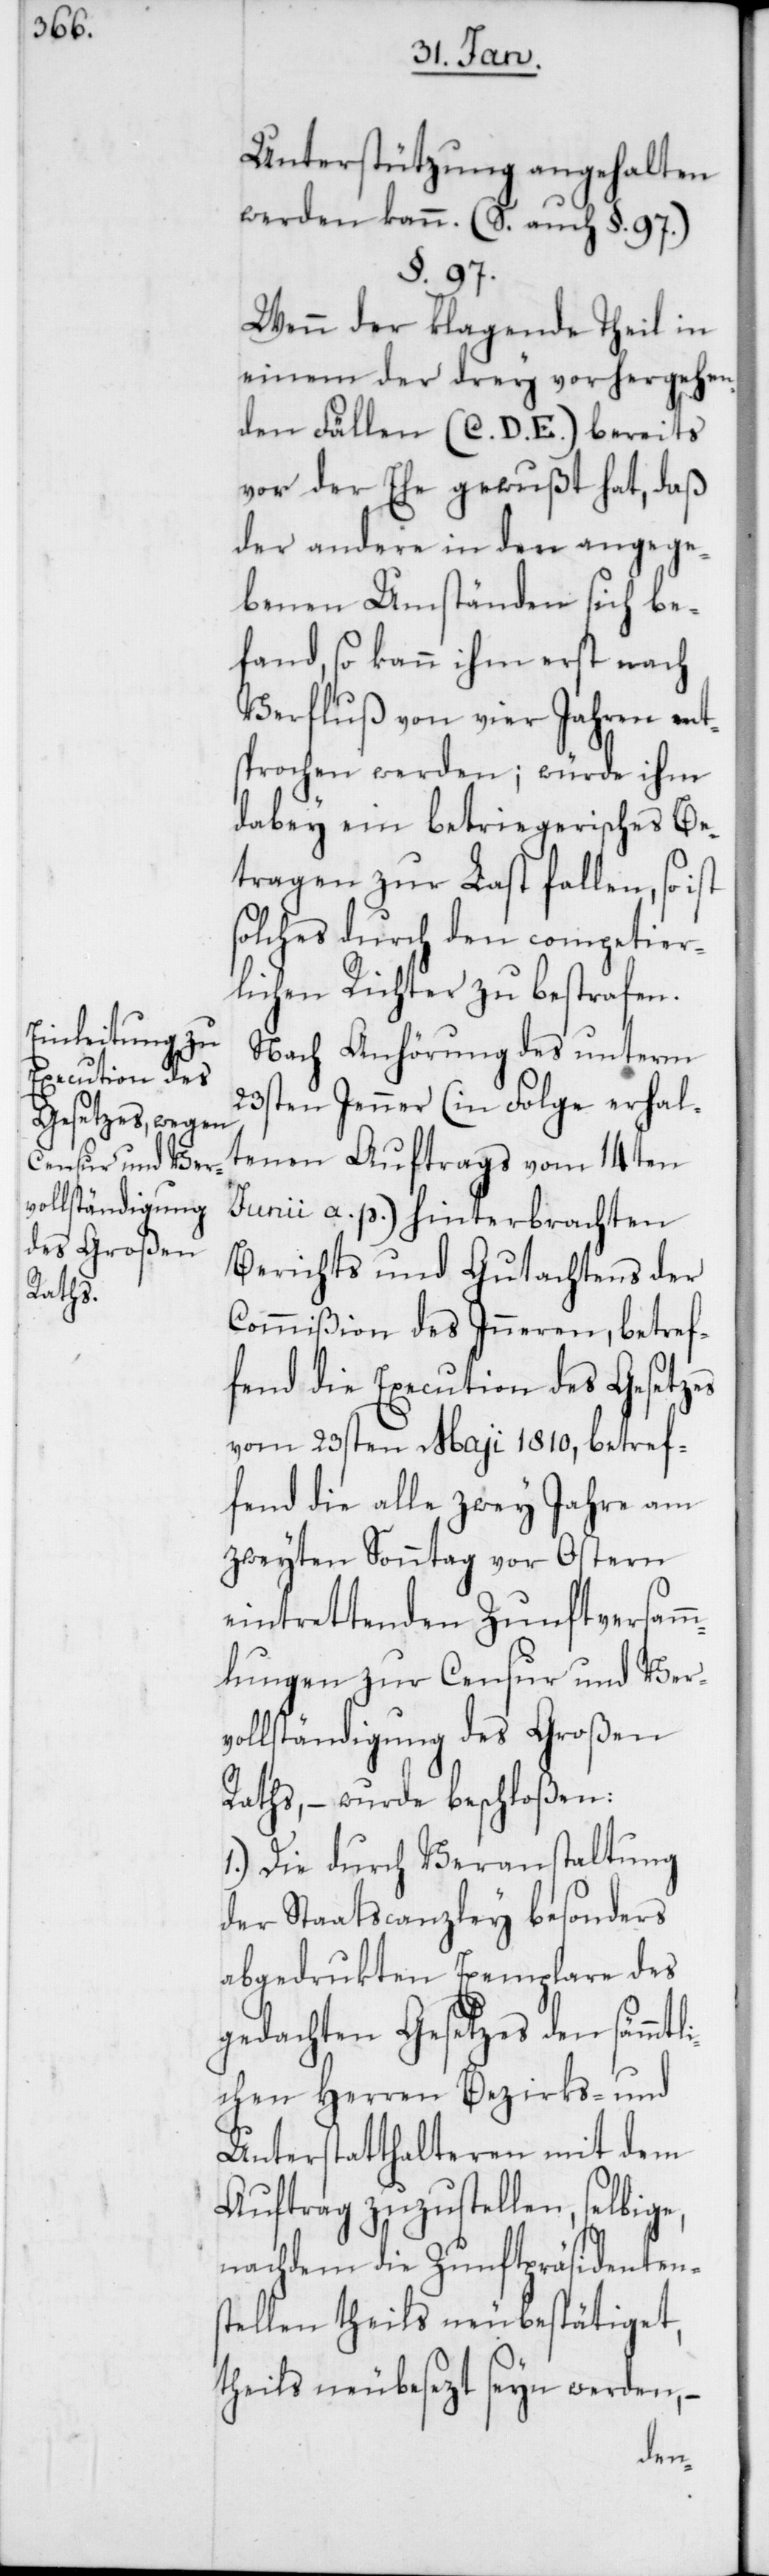
Unsterstützung angehalten
werden kann. (S. auch §. 97.)
§. 97.
Wenn der klagende Theil in
einem der drey vorhergehen¬
den Fällen (C. D. E.) bereits
vor der Ehe gewußt hat, daß
der andere in den angege¬
ben Umständen sich be¬
fand, so kann ihm erst nach
Verfluß von vier Jahren ent¬
sprochen werden; würde ihm
dabey ein betriegerisches Be¬
tragen zur Last fallen, so
solches durch den competier¬
lichen Richter zu bestrafen.
Nach Anhörung des unterm
23sten Jenner (in Folge erhal¬
tenen Auftrags vom 14ten
Junii a. p.) hinterbrachten
Berichts und Gutachtens der
Commißion des Inneren, betref¬
fend die Execution des Gesetzes
vom 23sten Maji 1810, betref¬
fend die alle zwey Jahre am
zweyten Sonntag vor Ostern
eintrettenden Zunftversamm¬
lungen zur Censur und Ver¬
vollständigung des Großen
Raths, – wurde beschloßen:
1.) Die durch Veranstaltung
der Staatscanzley besonders
abgedrukten Exemplare des
gedachten Gesetzes den sämmt¬
lichen Herren Bezirks- und
Unterstatthalteren mit dem
Auftrag zuzustellen, selbige,
nachdem die Zunftpräsidentens¬
tellen theils neubestätiget,
theils neubesezt seyn werden, –